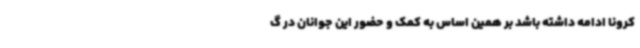
کرونا ادامه داشته باشد بر همین اساس به کمک و حضور این جوانان در گ